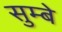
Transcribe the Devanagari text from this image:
सुम्बे